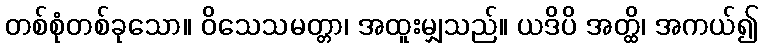
တစ်စုံတစ်ခုသော။ ဝိသေသမတ္တာ၊ အထူးမျှသည်။ ယဒိပိ အတ္ထိ၊ အကယ်၍